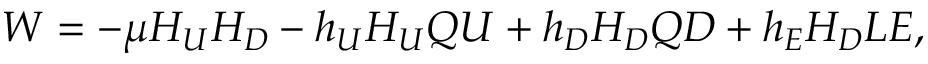
W = - \mu H _ { U } H _ { D } - h _ { U } H _ { U } Q U + h _ { D } H _ { D } Q D + h _ { E } H _ { D } L E ,